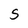
Character: S